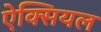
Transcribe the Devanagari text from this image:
ऐक्सियल